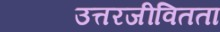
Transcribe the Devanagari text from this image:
उत्तरजीवितता